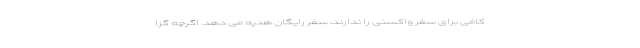
کافی برای سفر واکسنی را ندارند، سفر رایگان هدیه می دهد. اگرچه گزا